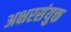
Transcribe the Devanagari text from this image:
अक्षरसंयुक्त